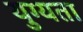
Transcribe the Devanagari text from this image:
युग्यता